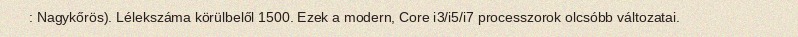
: Nagykőrös). Lélekszáma körülbelől 1500. Ezek a modern, Core i3/i5/i7 processzorok olcsóbb változatai.